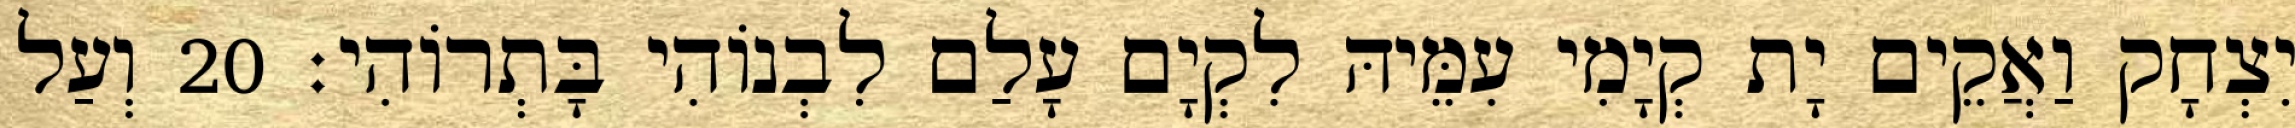
יִצְחָק וַאֲקֵים יָת קְיָמִי עִמֵּיהּ לִקְיָם עָלַם לִבְנוֹהִי בָּתְרוֹהִי׃ 20 וְעַל